Bréfritari: Þuríður Hallgrímsdóttir
Viðtakandi: Sólveig Jónsdóttir
Dagsetning: A-1852-11-08
Skrifað á: Hólmum  S-Múl.
Sólveig var dóttir Þuríðar

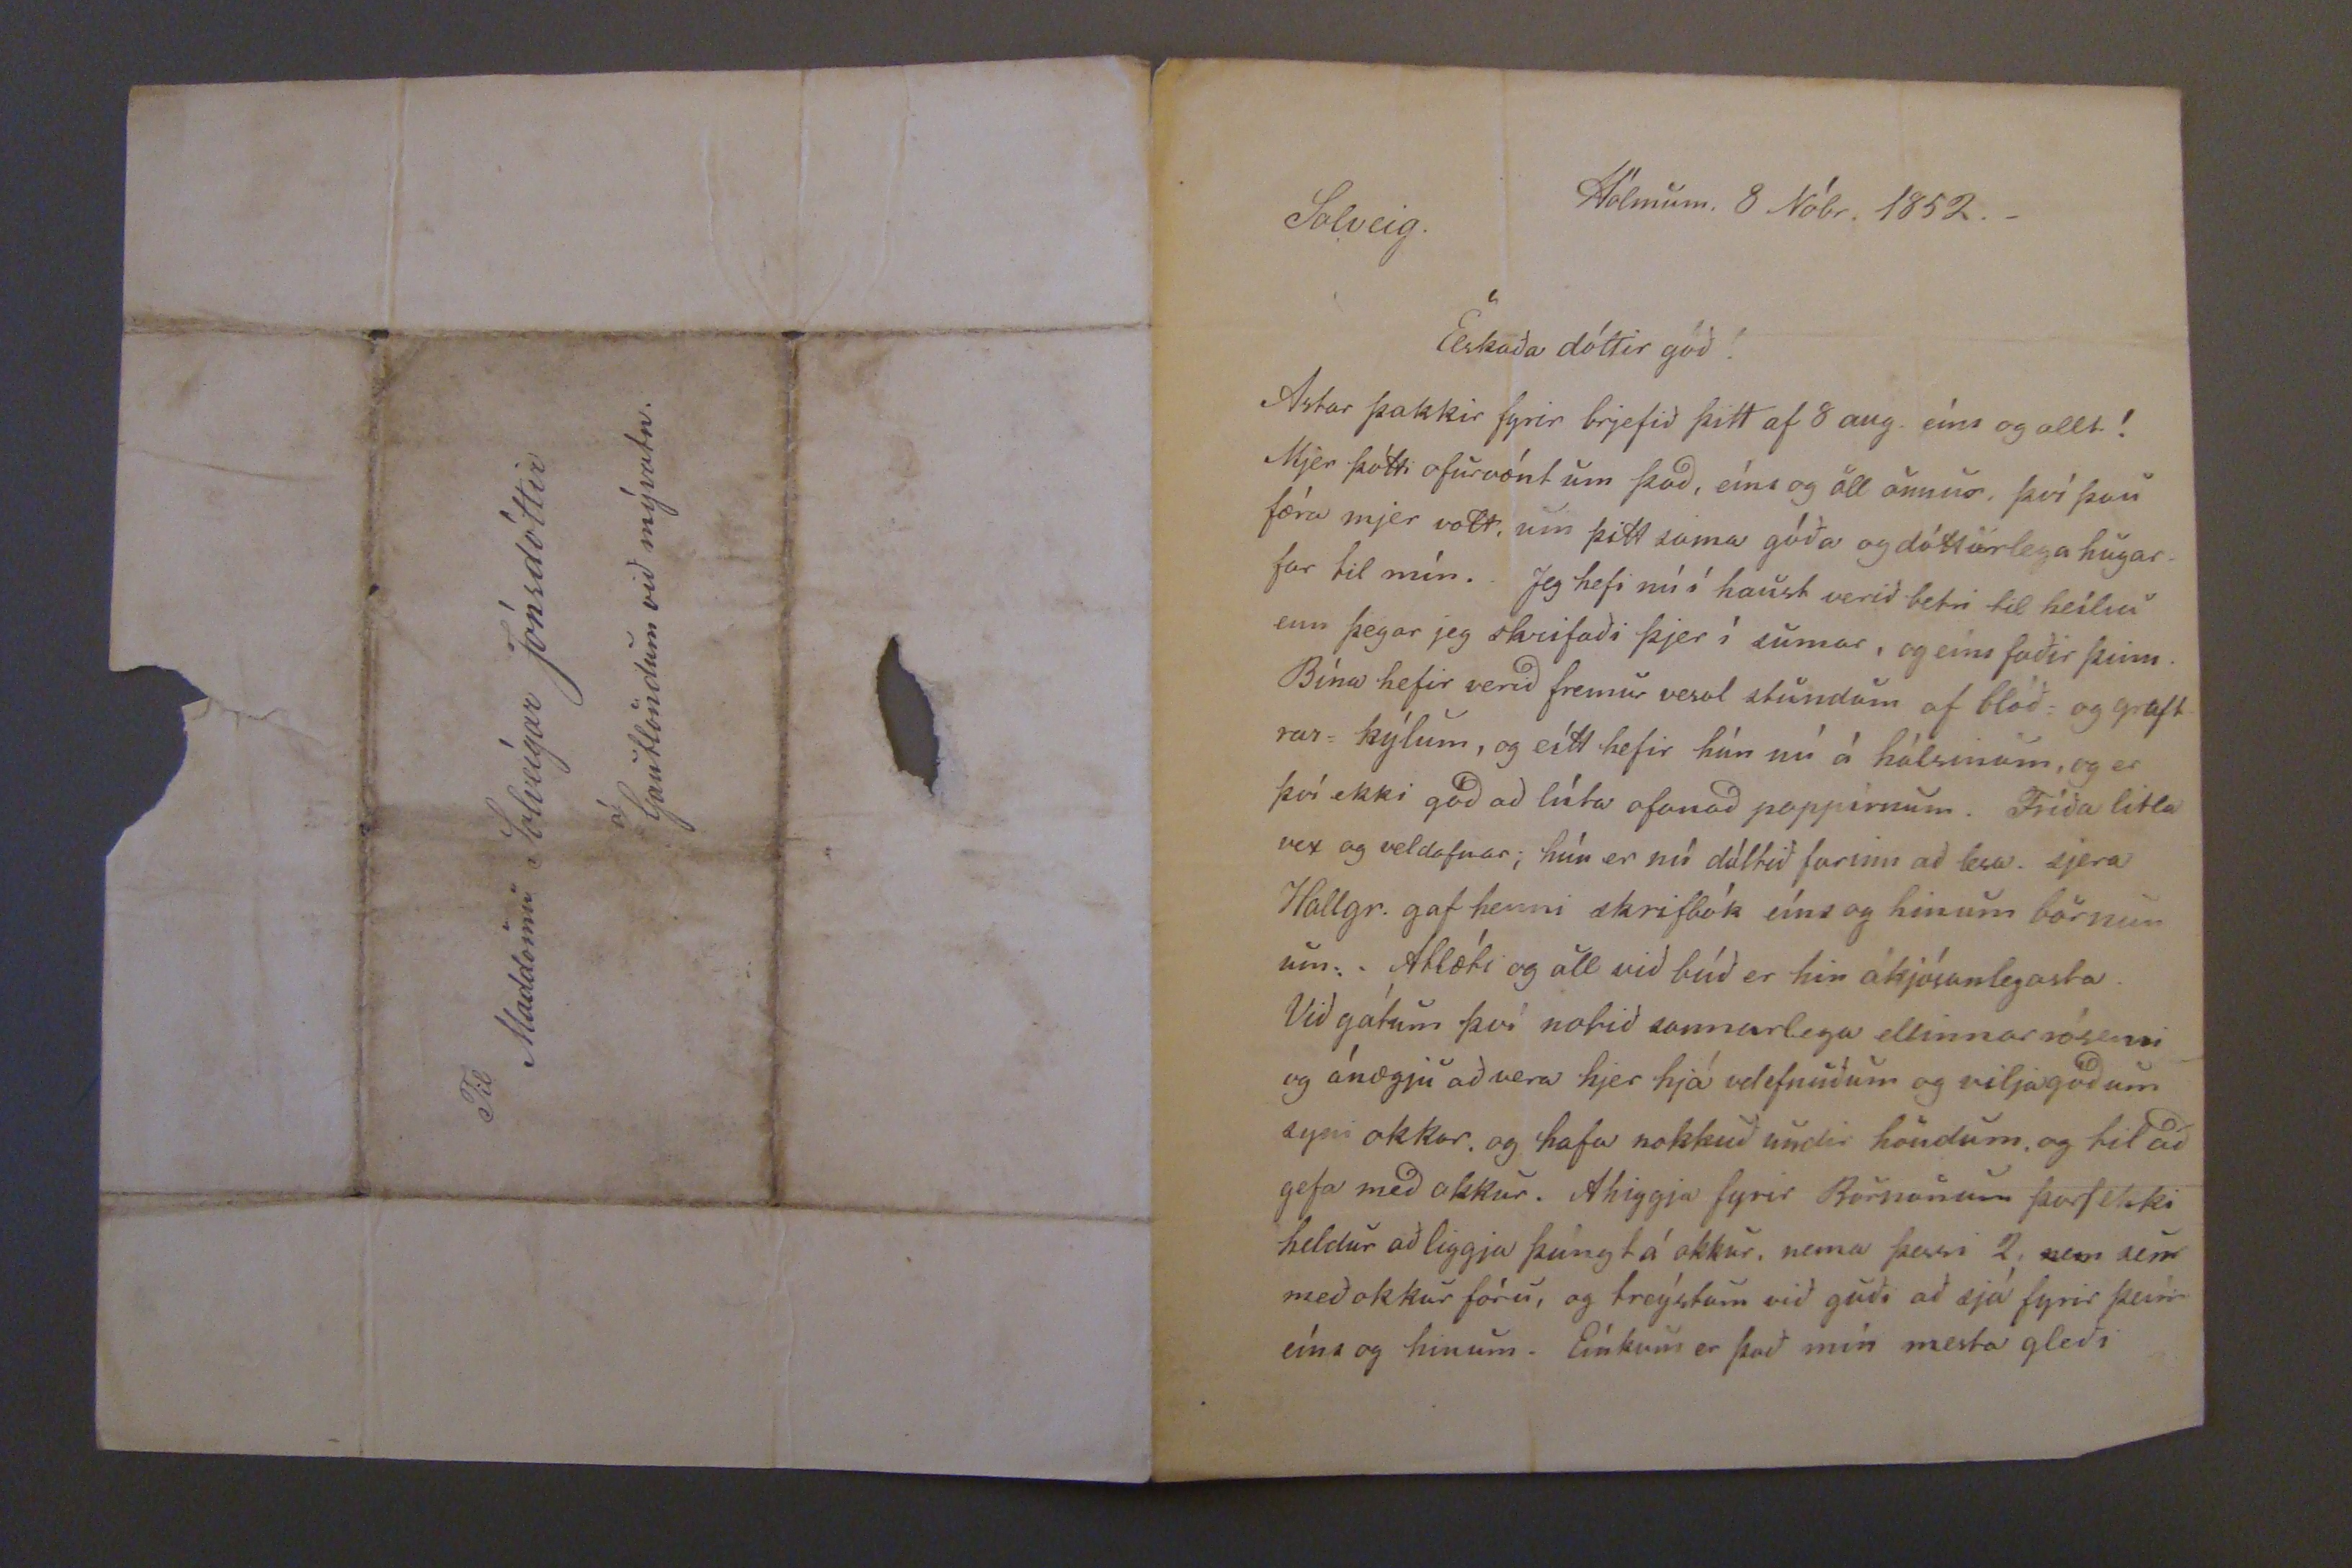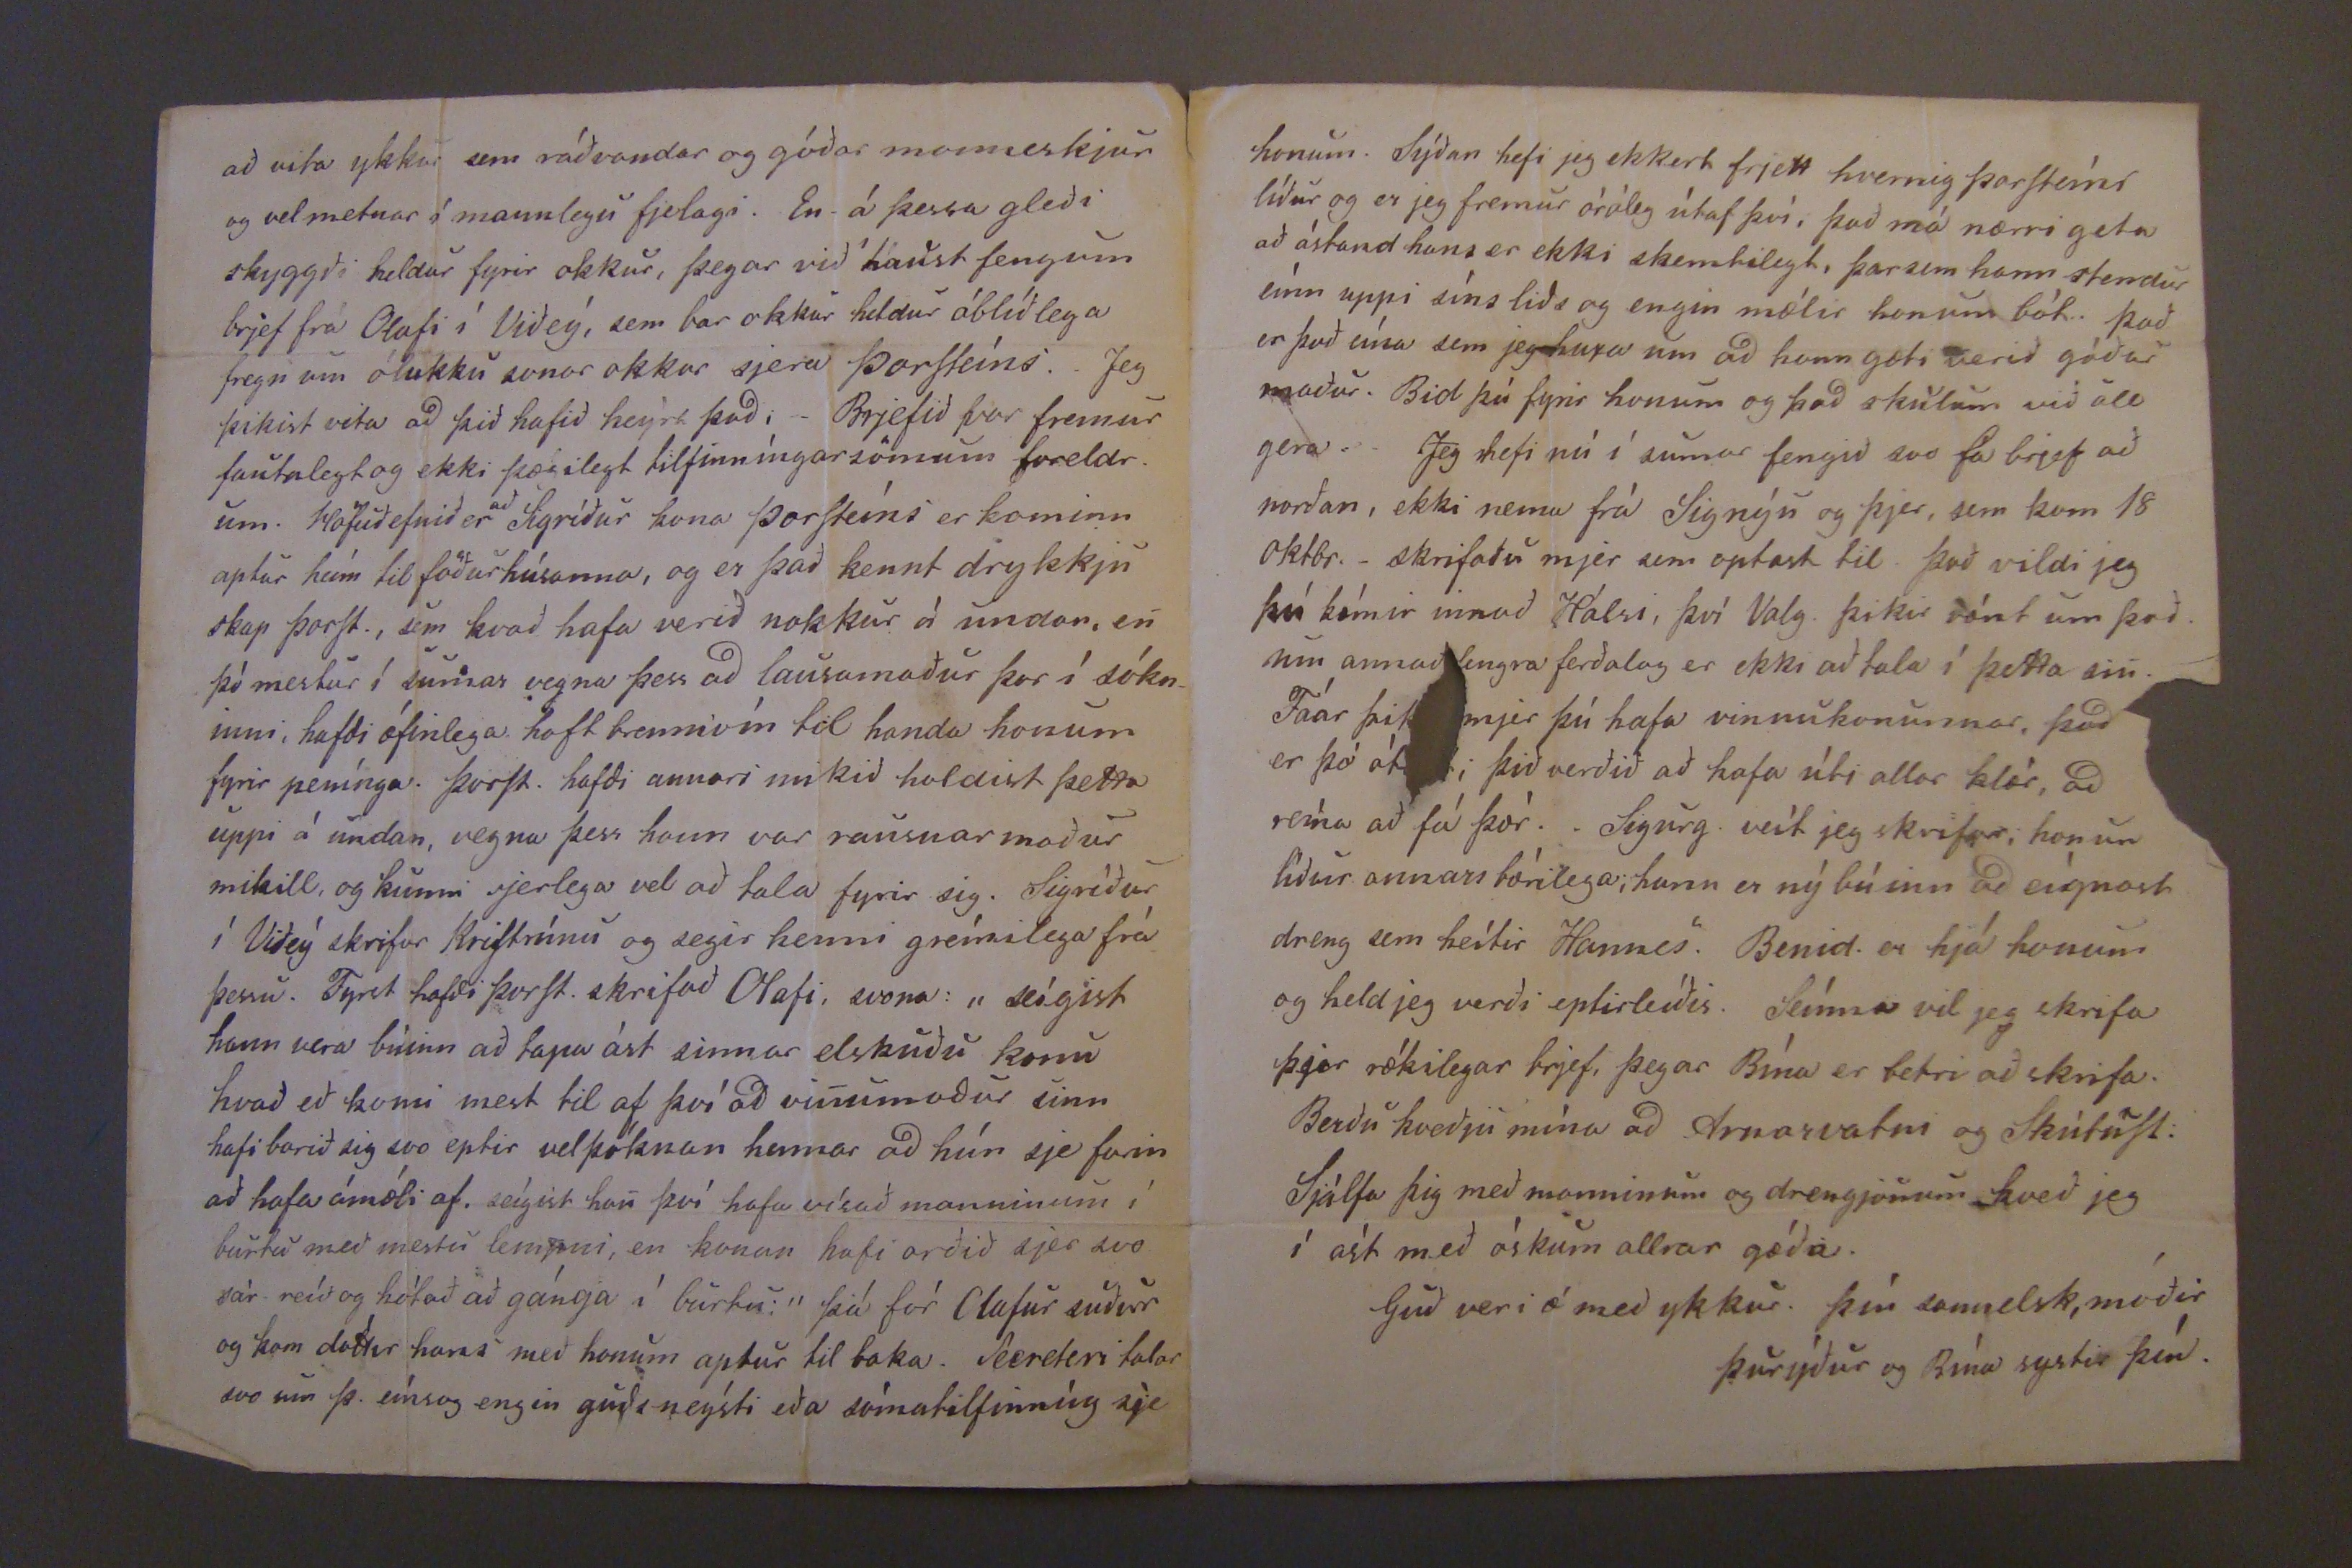

Hólmum. 8 Nóbr. 1852._
Solveig Elskada dóttir góð!
Astar þakkir fyrir brjefið þitt af 8 aug. eíns og allt! Mjer þótti ofurvænt um þad, eíns og öll önnur. því þau færa mjer vott, um þitt sama góða og dótturlega hugar_ far til mín. Jeg hefi nú í haust verið betri til heilsu enn þegar jeg skrifaði þjer í sumar, og eins faðir þinn. Bína hefir verid fremur vesol stundum af blóð= og graft rar= kýlum, og eitt hefir hún nú á hálsinum, og er því ekki gód ad lúta ofanad pappírnum. Fríða litla vex og veldafnar; hún er nú dáltið farinn að lesa. sjera Hallgr. gaf henni skrifbók eíns og hinum börnun um: Atlæti og all viðbúð er hin ákjósanlegasta Við gátum því notið sannarlega ellinnar rósemi og ánægju að vera hjer hjá velefnuðum og viljagódum syni okkar. og hafa nokkuð undir höndum, og til að gefa med okkur. Ahiggja fyrir Börnonum þarf ekki heldur að liggja þúngt á okkur, nema þessi 2,
sem
sem með okkur fóru, og treýstum við guði að sjá fyrir þeím eíns og hinum. Eínkum er það mín mesta gleði
að vita ykkur sem ráðvandar og góðar manneskjur og vel metnar á mannlegu fjelagi. En á þessa gleði skyggði heldur fyrir okkur, þegar við haust fengum brjef frá Olafi í Viðeý, sem bar okkur heldur óblíðlega fregn um ólukku sonar okkar sjera Þorsteíns. _ Jeg þikist vita ad þið hafið heýrt þad;_ Brjefið þar fremur fantalegt og ekki þægilegt tilfinníngarsömum foreldr. um Höfuðefnið er
að
Sigríður kona Þorsteíns er kominn aptur heím til föðurhúsanna, og er það kennt drykkju skap þorst., sem kvað hafa verið nokkur á undan, en þó mestur í sumar vegna þess ad lausamaður þar í sókn_ inni, hafdi æfinlega haft brennivín til handa honum fyrir penínga. Þorst. hafdi annars mikid haldist þetta uppi á undan, vegna þess hann var rausnarmaður mikill, og kunni sjerlega vel að tala fyrir sig. Sigríður í Viðeý skrifar Kristrúnu og segir henni greínilega frá þessu. Fyrst hafdi þorst. skrifað Olafi, svona; "seígist hann vera búinn ad tapa ást sinnar elskuðu konu hvað eð konu mest til af því ad vinumadur sinn hafi borið sig svo eptir velþóknun hennar ad hún sje farin að hafa ámæli af. seígist han því hafa vísað manninum í burtu með mestu
lempni
, en konan hafi orðið sjer svo sár reíð og hótað að gánga í burtu;" þá fór Olafur suður og kom dóttir hans með honum aptur til baka.
Se0reteri
talar svo um þ. eínsog engin guds neýsti eða sómatilfinníng sje
honum. Sýðan hefi jeg ekkert frjett hvernig Þorsteíns lídur og er jeg fremur óróleg útaf því, það má nærri geta aað ástand hans er ekki skemtilegt, þar sem hann stendur eínn uppi síns liðs og engin mælir honum bót. það er það eína sem jeg huxa um ad hann gæti verið góður maður. Bid þú fyrir honum og þad skulum við öll gera. Jeg hefi nú í sumar fengið svo fá brjef að norðan, ekki nema frá Signýu og þjer, sem kom 18 Oktbr._ skrifaðu mjer sem optast til það vildi jeg þú kæmir innað Hálsi, því Valg. þikir vænt um það um annað lengra ferðalag er ekki að tala í þetta sin. Fáar þik mjer þú hafa vinnukonurnar, þad er þó óf; þið verðið að hafa úti allar klær, ad reína að fá þór. Sigurg. veít jeg skrifar; honum líður annars bærilega; hann er nýbúinn að eígnast dreng sem heítir Hannes. Benid. er hjá honum og held jeg verði eptirleíðis. Seínna vil jeg skrifa þjer rækilegar brjef, þegar Bína er betri að skrifa. Berðu kveðju mína ad Arnarvatni og Skútust: Sjálfa þig með manninum og drengjonum kveð jeg í ást með óskum allrar góða.
Guð veri æ med ykkur. þín sannelsk, móðir
Þurýður og Bína systir þín.
Til Maddömu Solveígar Jónasdóttir á Gautlöndum við mývatn.